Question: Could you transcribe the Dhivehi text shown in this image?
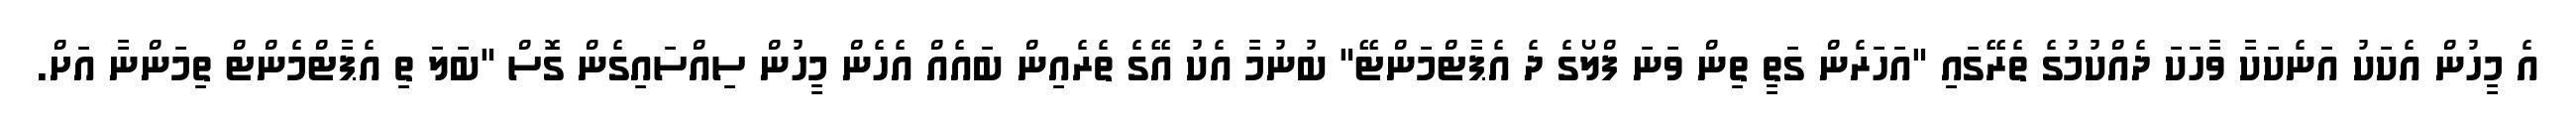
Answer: އެ މީހުން އެކަކު އަނެކަކާ ވާހަކަ ދެއްކުމުގެ ތެރޭގައި "އަހަރެން ގަތީ ތިން ވަނަ ފްލޯގެ ދެ އެޕާޓްމަންޓޭ" ބުނުމާ އެކު އޭގެ ތެރެއިން ބައެއް އެހެން މީހުން ސިއްސައިގެން ގޮސް "ބަލަ ތި އެޕާޓްމެންޓް ތިމަންނާ އަށް.